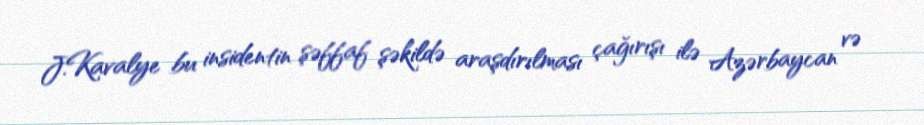
J.Kavalye bu insidentin şəffaf şəkildə araşdırılması çağırışı ilə Azərbaycan və